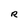
Character: R